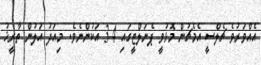
އެއްވަރުވެ ޗެލްސީ އެމެޗުން މޮޅުވީ ޕެނަލްޓީގައި 4-3 އަކުންނެވެ. މިއަދު އަލުން ތާރީޚު